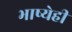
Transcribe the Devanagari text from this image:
भाष्येही